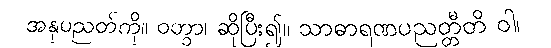
အနုပညတ်ကို။ ဝတွာ၊ ဆိုပြီး၍။ သာဓာရဏပညတ္တီတိ ဝါ၊